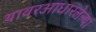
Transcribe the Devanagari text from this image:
यावरआधारलेल्या